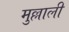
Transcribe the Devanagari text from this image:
मुल्लाली